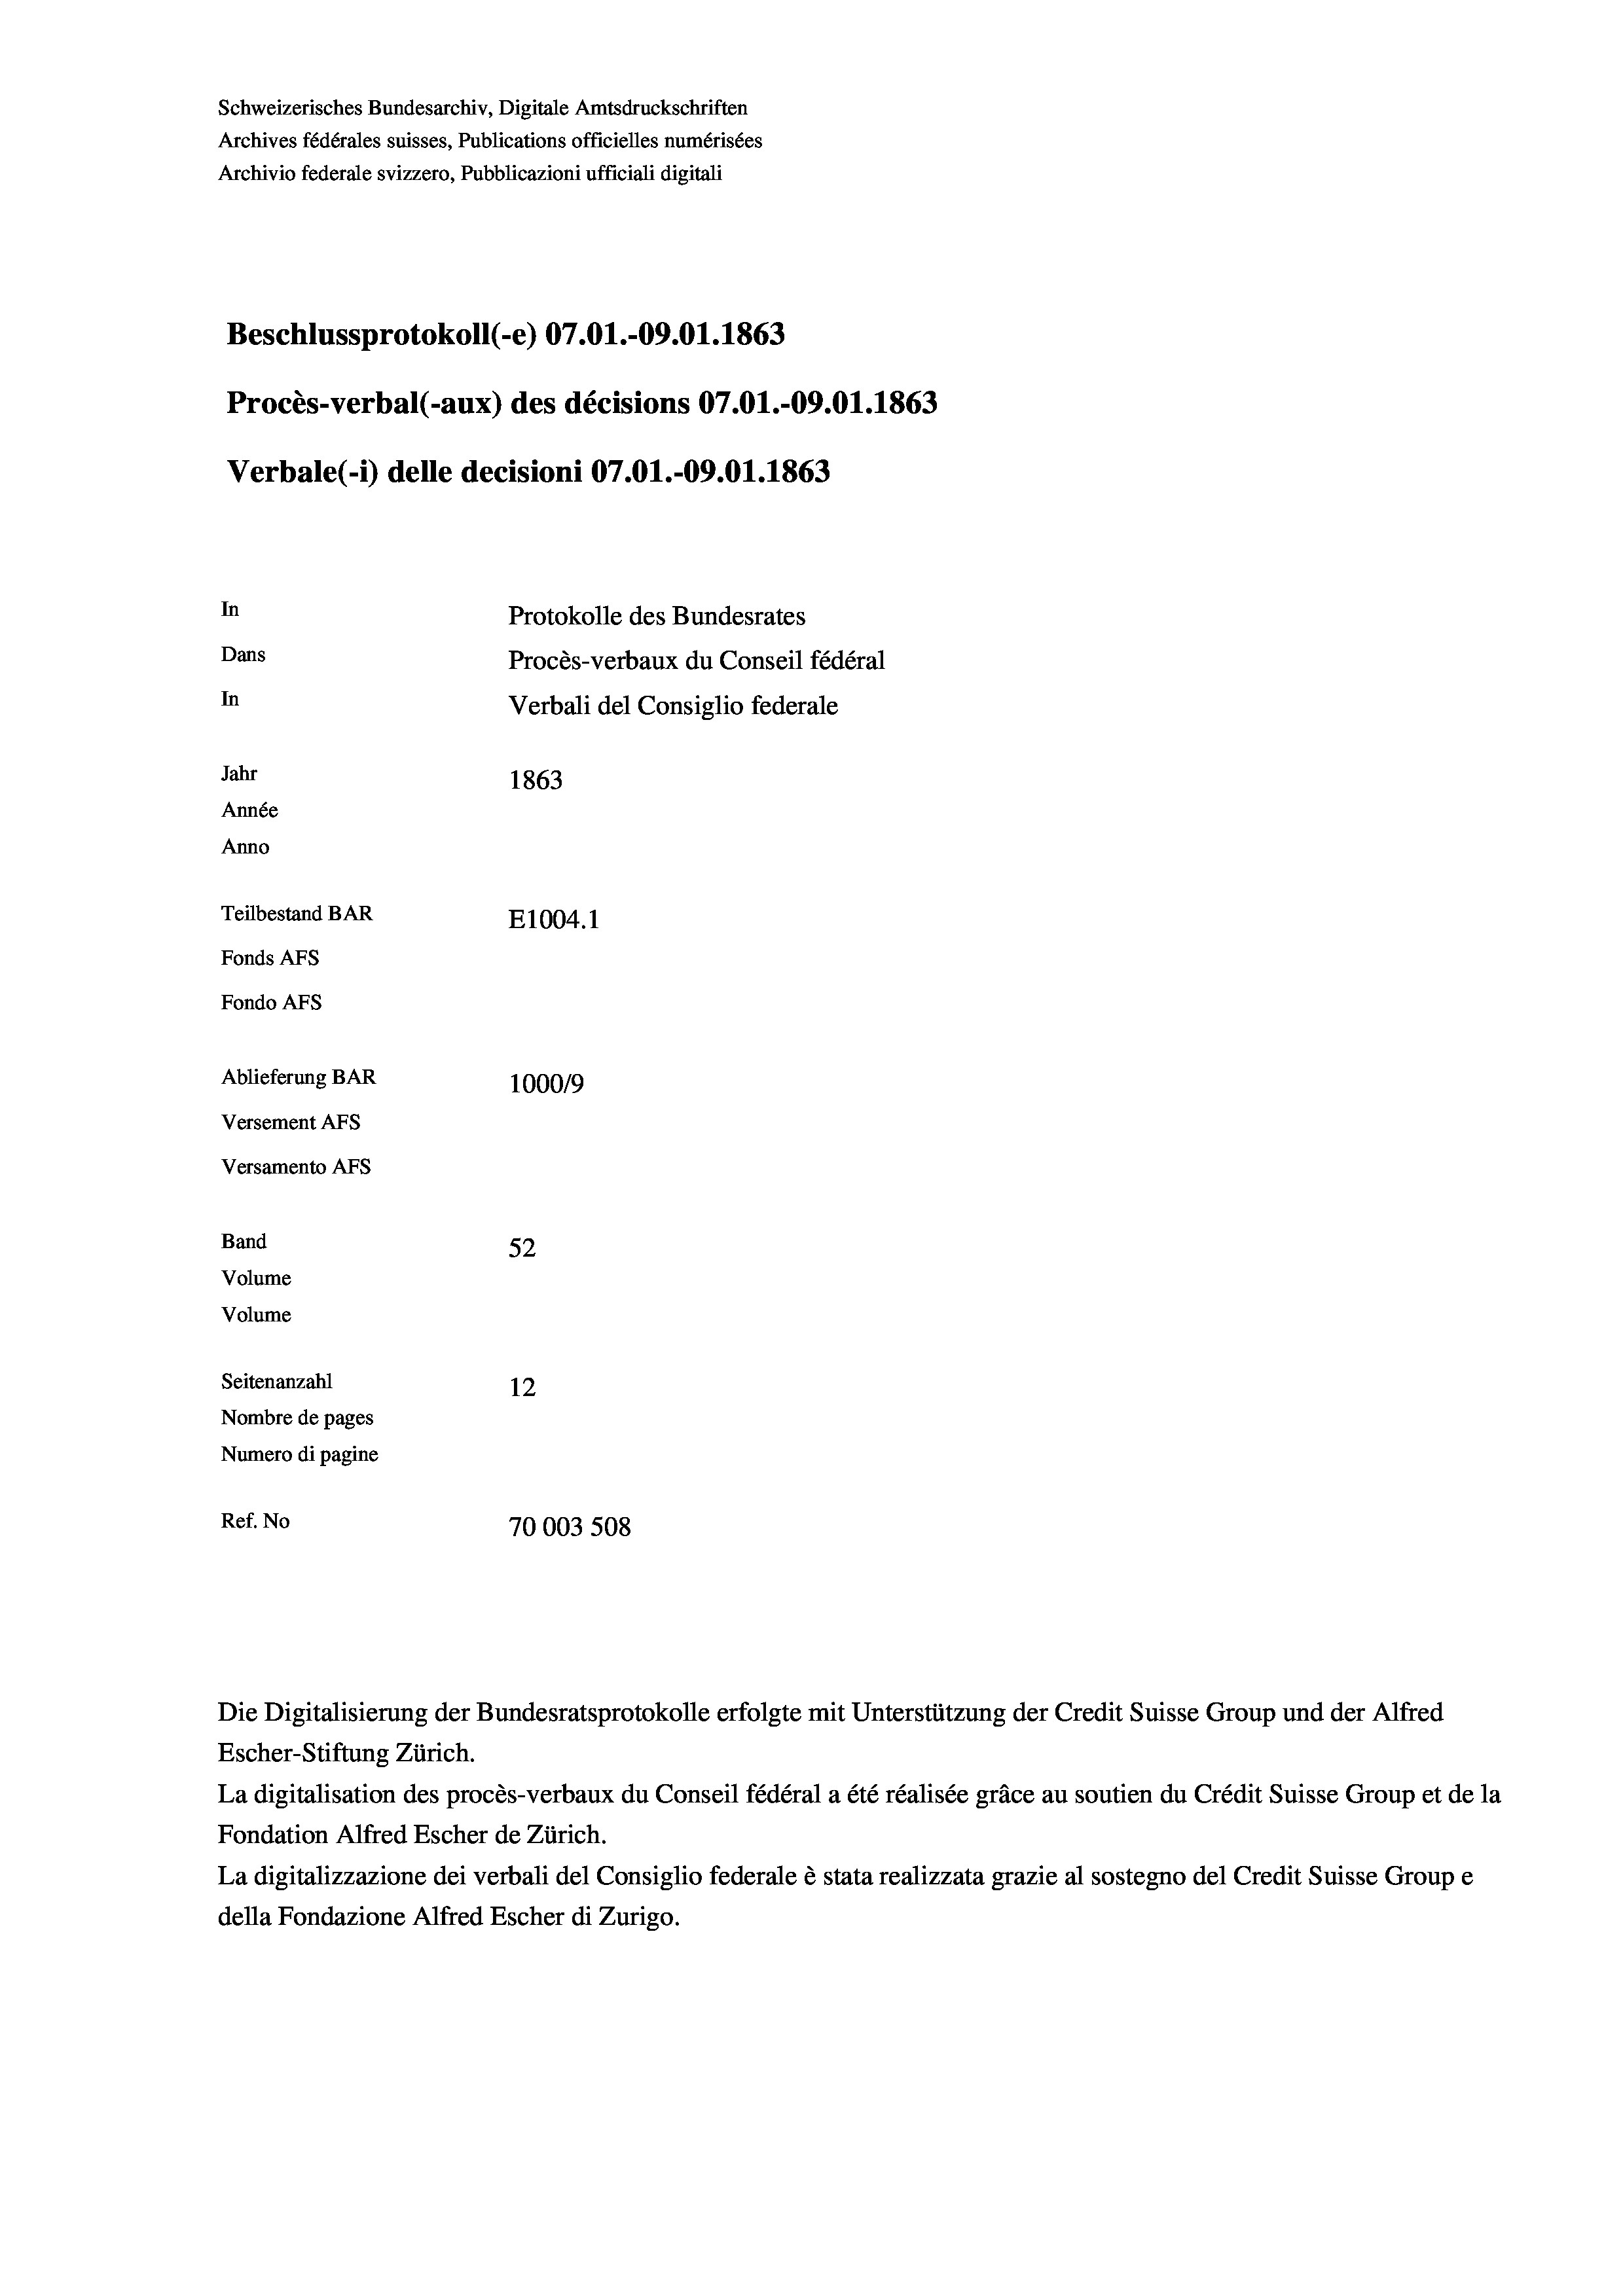
Schweizerisches Bundesarchiv, Digitale Amtsdruckschriften
Archives fédérales suisses, Publications officielles numérisées
Archivio federale svizzero, Pubblicazioni ufficiali digitali
Beschlussprotokoll (-e) 07.01.-09.01. 1863
Procès-verbal (-aux) des décisions 07.01.-09.01. 1863
Verbale (- 1) delle decisioni 07.O1.-09.01. 1863
In
Protokolle des Bundesrates
Dans
Procès-verbaux du Conseil fédéral
In
Verbali del Consiglio federale
Jahr
1863
Année
Anno
Teilbestand BAR
E1004.1
Fonds AFs
Fondo AFS
Ablieferung BAR
1000/9
Versement AFs
Versamento AFs
Band
52
Volume
Volume
Seitenanzahl
12
Nombre de pages
Numero di pagine
Ref. No
70003 508

Escher-Stiftung Zürich.
La digitalisation des procès-verbaux du Conseil fédéral a été réalisée gräce au soutien du Crédit Suisse Group et de la
Fondation Alfred Escher de Zürich.
La digitalizzazione dei verbali del Consiglio federale è stata realizzata grazie al sostegno del Credit Suisse Groupe
della Fondazione Alfred Escher di Zurigo.

Die Digitalisierung der Bundesratsprotokolle erfolgte mit Unterstützung der Credit Suisse Group und der Alfred